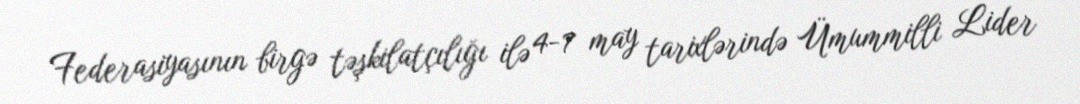
Federasiyasının birgə təşkilatçılığı ilə 4-7 may tarixlərində Ümummilli Lider